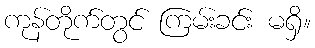
ကုန်တိုက်တွင် ကြမ်းခင်း မရှိ။